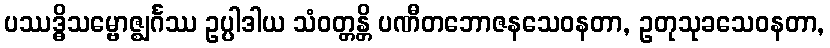
ပဿဒ္ဓိသမ္ဗောဇ္ဈင်္ဂဿ ဥပ္ပါဒါယ သံဝတ္တန္တိ ပဏီတဘောဇနသေဝနတာ, ဥတုသုခသေဝနတာ,